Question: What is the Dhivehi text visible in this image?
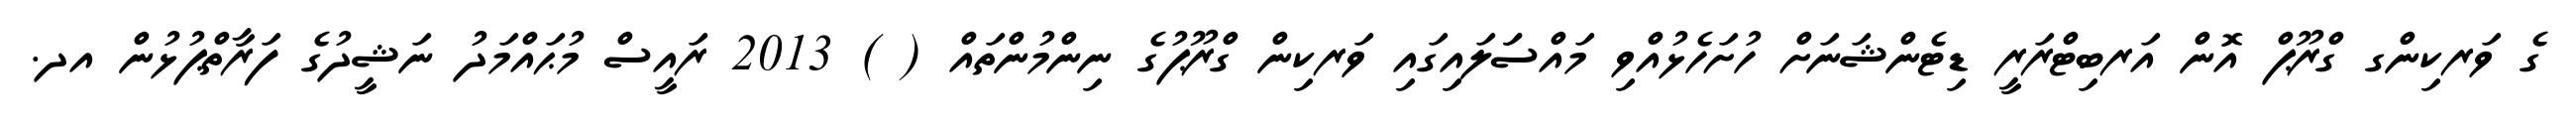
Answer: ގެ ވަރކިންގ ގްރޫޕް އޮން އަރބިޓްރަރީ ޑިޓެންޝަނަށް ހުށަހެޅުއްވި މައްސަަލައިގައި ވަރކިން ގްރޫޕުގެ ނިންމުންތައް ( ) 2013 ރައީސް މުޙައްމަދު ނަޝީދުގެ ފަރާތްޕުޅުން އދ.